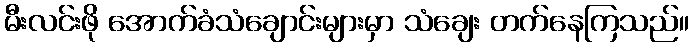
မီးလင်းဖို အောက်ခံသံချောင်းများမှာ သံချေး တက်နေကြသည်။